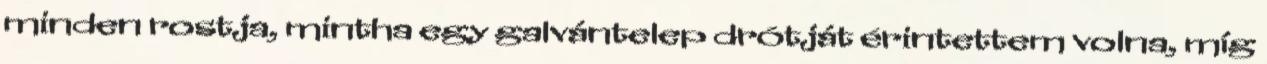
minden rostja, mintha egy galvántelep drótját érintettem volna, míg